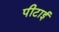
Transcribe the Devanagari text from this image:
पीटाई